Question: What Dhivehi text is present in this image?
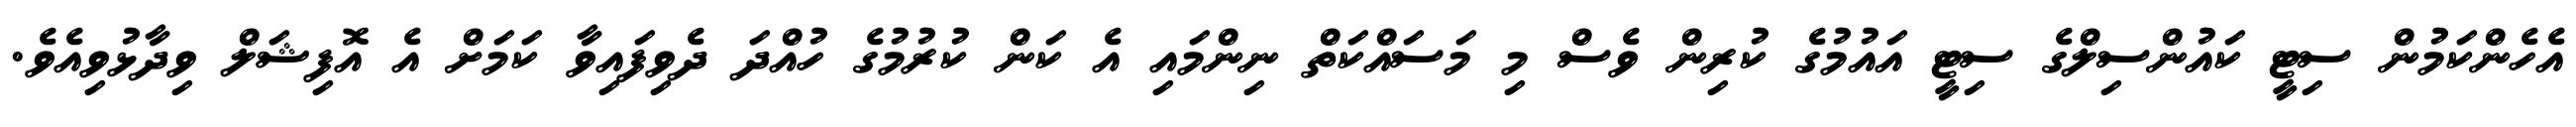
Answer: އެހެންކަމުން ސިޓީ ކައުންސިލްގެ ސިޓީ އައުމުގެ ކުރިން ވެސް މި މަސައްކަތް ނިންމައި އެ ކަން ކުރުމުގެ ހުއްދަ ދެވިފައިވާ ކަމަށް އެ އޮފިޝަލް ވިދާޅުވިއެވެ.